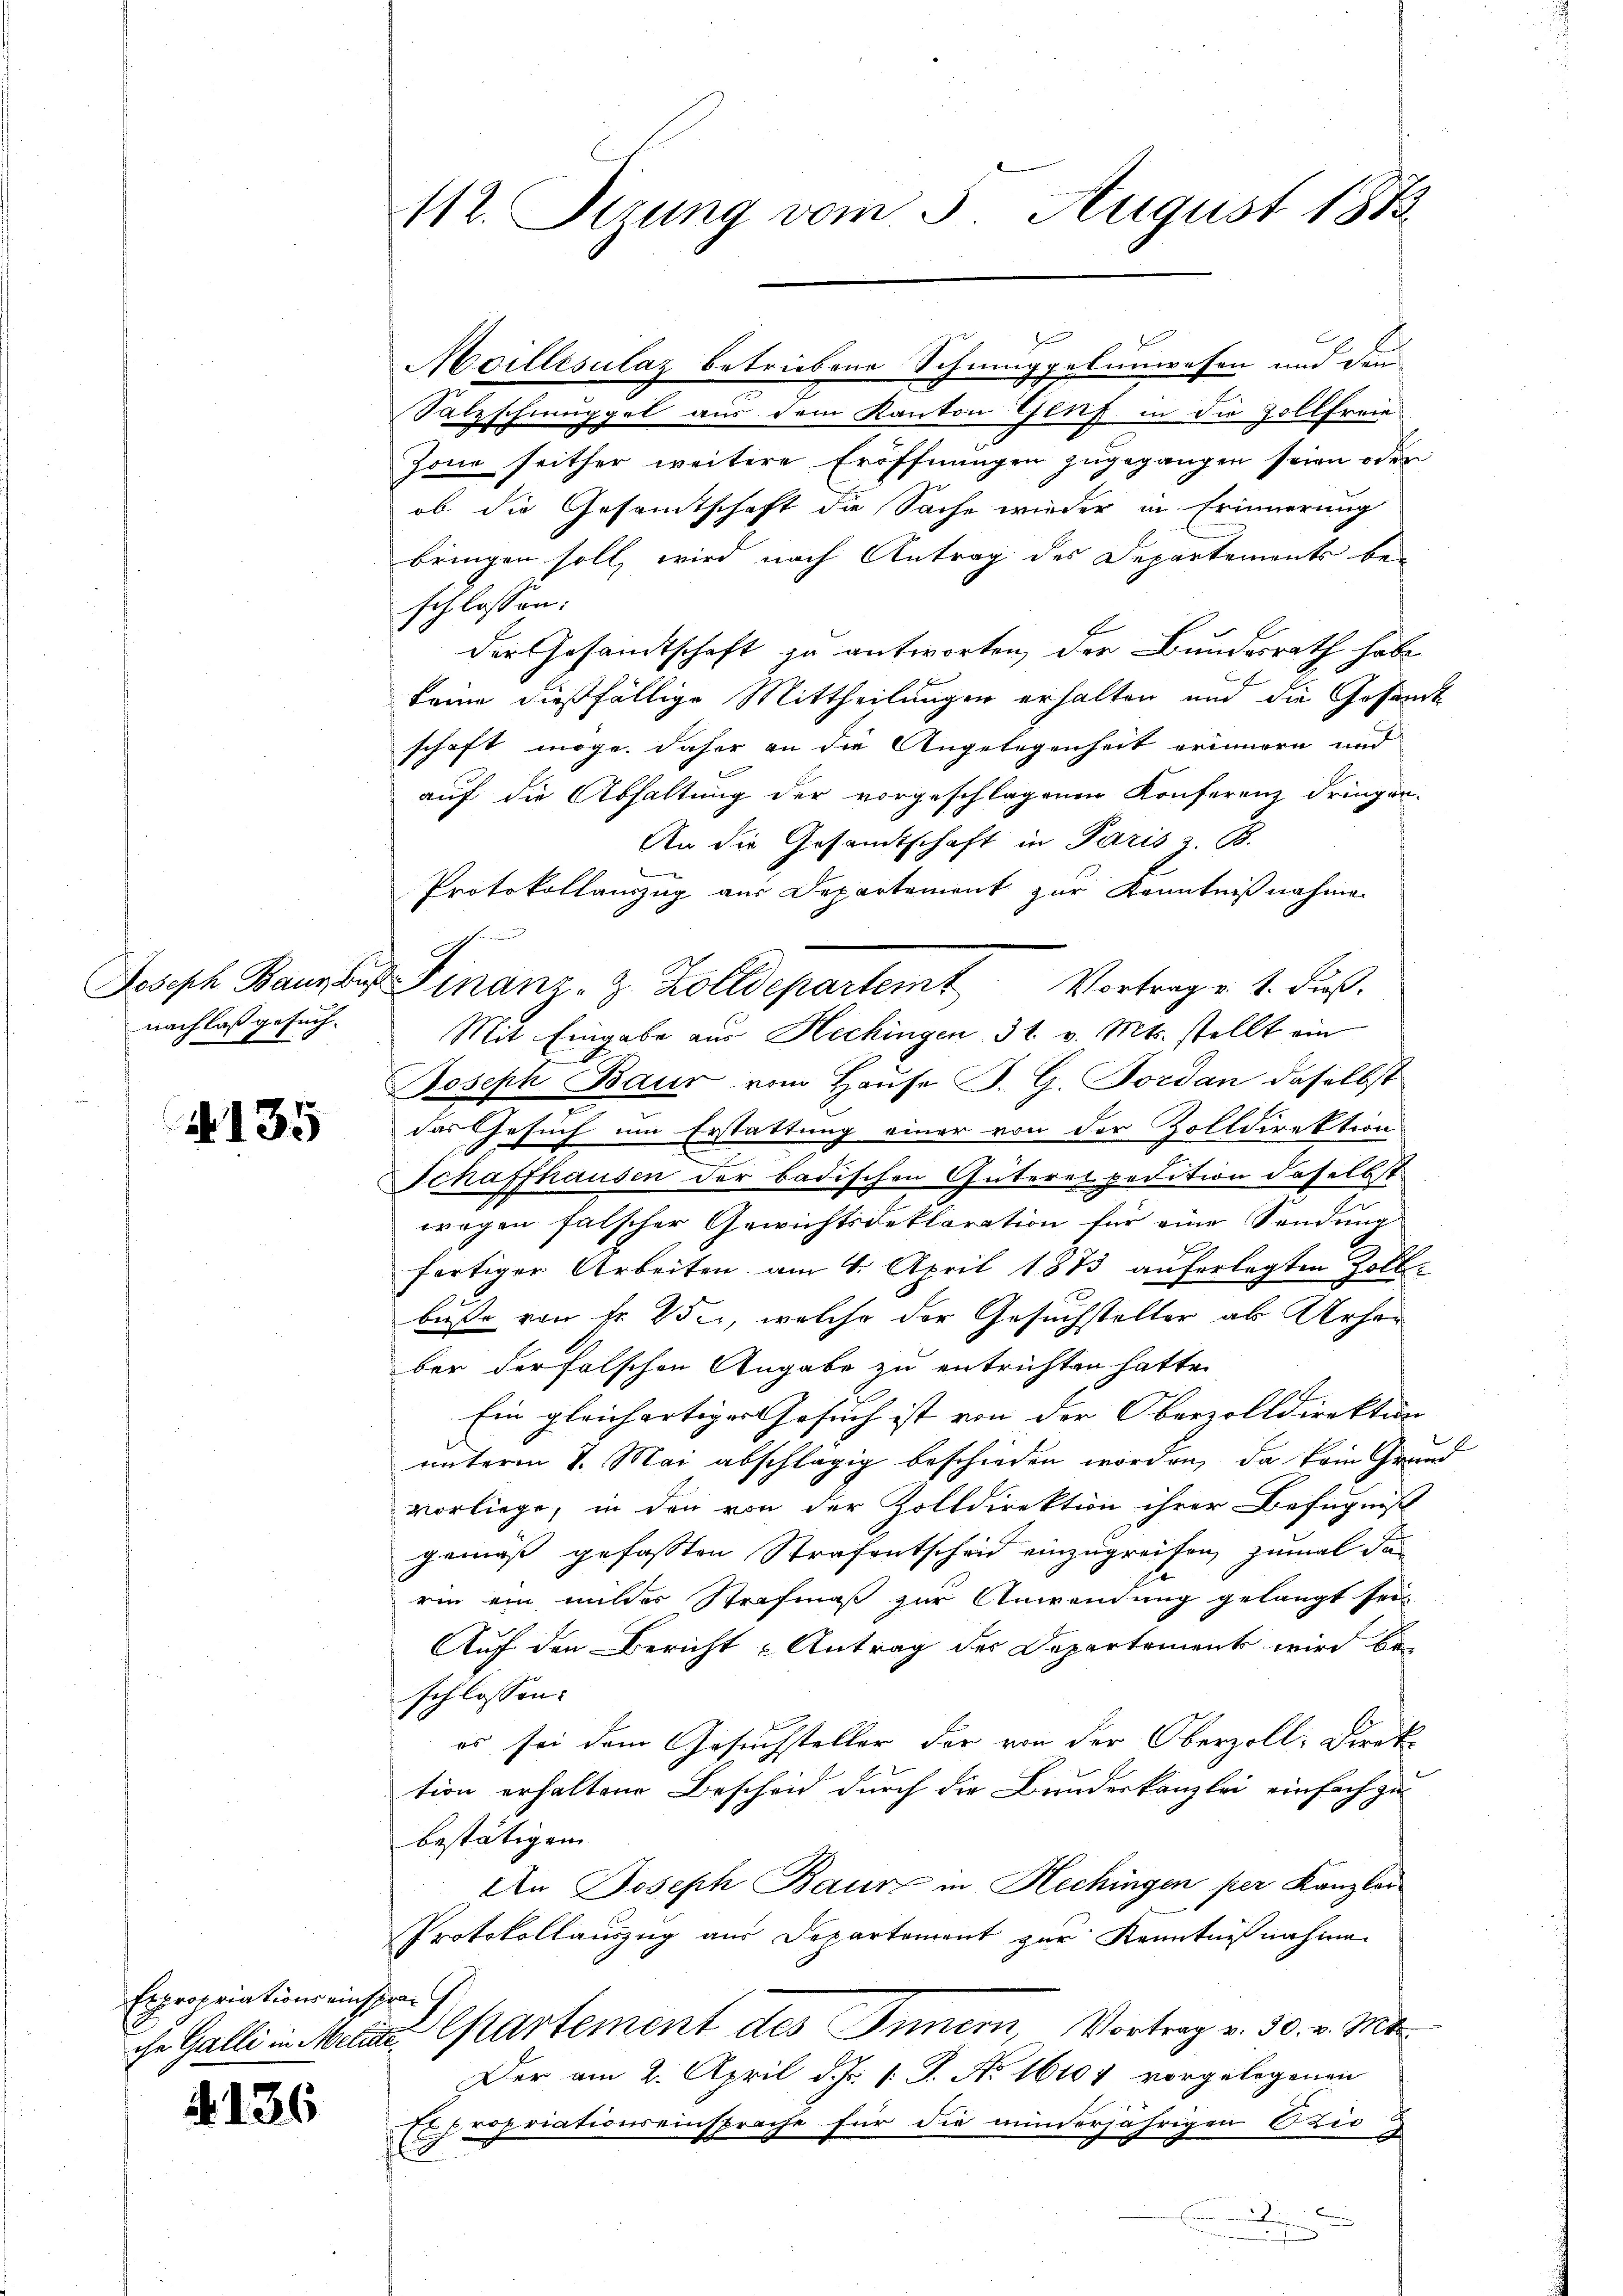
Joseph Baur bis
nachlaß gesuch.

135

Expropriations einspra

136

112. Sitzung vom 3. August 1883

n
Moillisulaz betriebene Schmuggelunwesen und den
Salzschmuggel aus dem Kanton Genf in die Zollfreie
Zone seither weitere Eröffnungen zugegangen seien oder
ob die Gesamtschaft die Sache wieder in Erinnerung
bringen soll, wird nach Antrag des Departements bei
schlossen:
der Gesandtschaft zu antworten, der Bundesrath habe
keine dießfällige Mittheilungen erhalten und die Gesandt
schaft möge. Daher an die Angelegenheit erinnern und
auf die Abhaltung der vorgeschlagenen Konferenz dringen.
An die Gesandtschaft in Paris z. B.
Protokollauszug aus Departement zur Kenntnißnahmen
Mit Eingabe aus Hechingen 31. v. Mts. stellt ein
Joseph Baur vom Hause P. G. Fordan daselbst
das Gesuch um Erstattung einer von der Zolldirektion
Schaffhausen der badischen Güterei pedition daselbst
wegen falscher Gewichtsdeklaration für eine Sendung
fertiger Arbeiten am 4. April 1873 auferlegten Zollbuße von fr. 2 der, welche der Gesuchsteller als Urhober der falschen Angabe zu entrichten hatte.
Ein gleichartiger Gesuch ist von der Oberzolldirektur
unterm 8. Mai abschlägig beschieden worden, da kein Grund
vorliege, in den von der Zolldirektion ihrer Befugnis
gemäß gefassten Strafentscheid einzugreifen, zumal da
rin ein milder Strafmaß zur Anwendung gelangt sei,
Auf den Bericht u Antrag der Departement wird beschlossen:
es sei dem Gesuchsteller der von der Oberzoll-Direktion erhaltene Bescheid durch die Bundeskanzlei einfach zu
bestätigen
An Joseph Baur in Hechingen per Kanzler
Protokollauszug aus Departement zur Kenntnißnahme
che Galli in Melate partement des Innern, Vortrag v. 30. v. Mt
Der am 2. April d. Js. v. J. Ao 16104 vorgelegenen
Expropriationseinsprache für die minderjährigen Ozio

Finanz- & Zolldepartemt, Vertrage 1. Fuß.